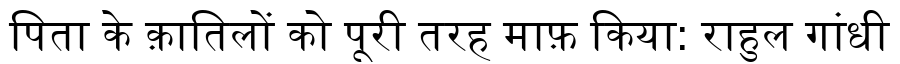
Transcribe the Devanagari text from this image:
पिता के क़ातिलों को पूरी तरह माफ़ किया: राहुल गांधी